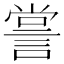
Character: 𧨲